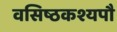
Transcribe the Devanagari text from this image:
वसिष्ठकश्यपौ